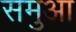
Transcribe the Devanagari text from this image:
समुआ